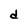
Character: d